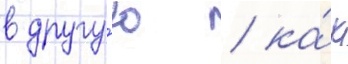
в другу́ю / ка́к